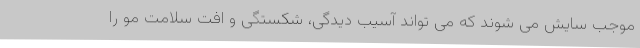
موجب سایش می شوند که می تواند آسیب دیدگی، شکستگی و افت سلامت مو را